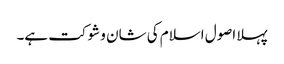
پہلا اصول اسلام کی شان و شوکت ہے۔